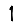
Digit: 1